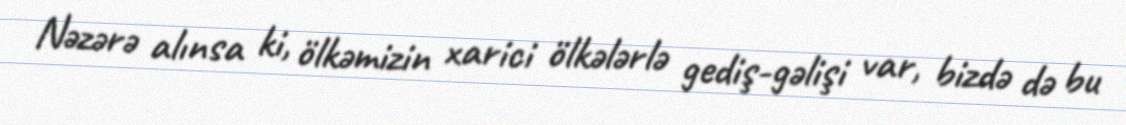
Nəzərə alınsa ki, ölkəmizin xarici ölkələrlə gediş-gəlişi var, bizdə də bu